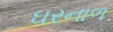
ઘરનાળ